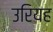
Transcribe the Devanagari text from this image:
उरियह